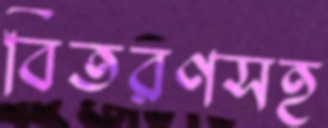
বিতরণসহ